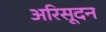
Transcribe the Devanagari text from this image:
अरिसूदन